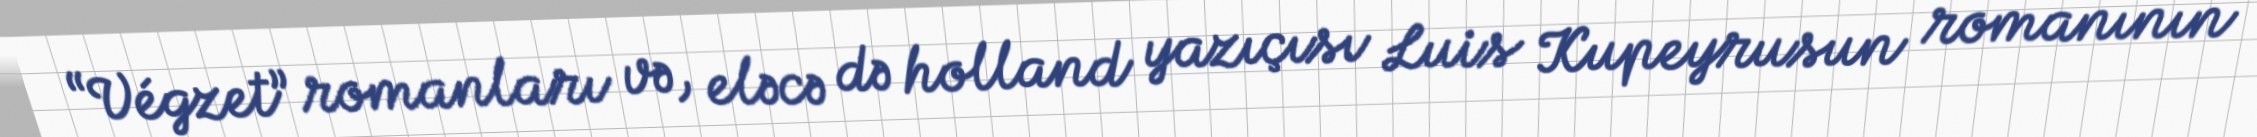
“Végzet” romanları və, eləcə də holland yazıçısı Luis Kupeyrusun romanının